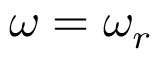
\omega = \omega _ { r }